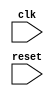
module reset_behavioral_model (
    input wire clk,
    input wire reset,
    // other input/output ports
);

reg prev_reset;

always @(posedge clk) begin
    if (reset && !prev_reset) begin
        // Perform specified actions or operations here
    end
    prev_reset <= reset;
end

endmodule